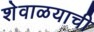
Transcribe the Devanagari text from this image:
शेवाळयाची